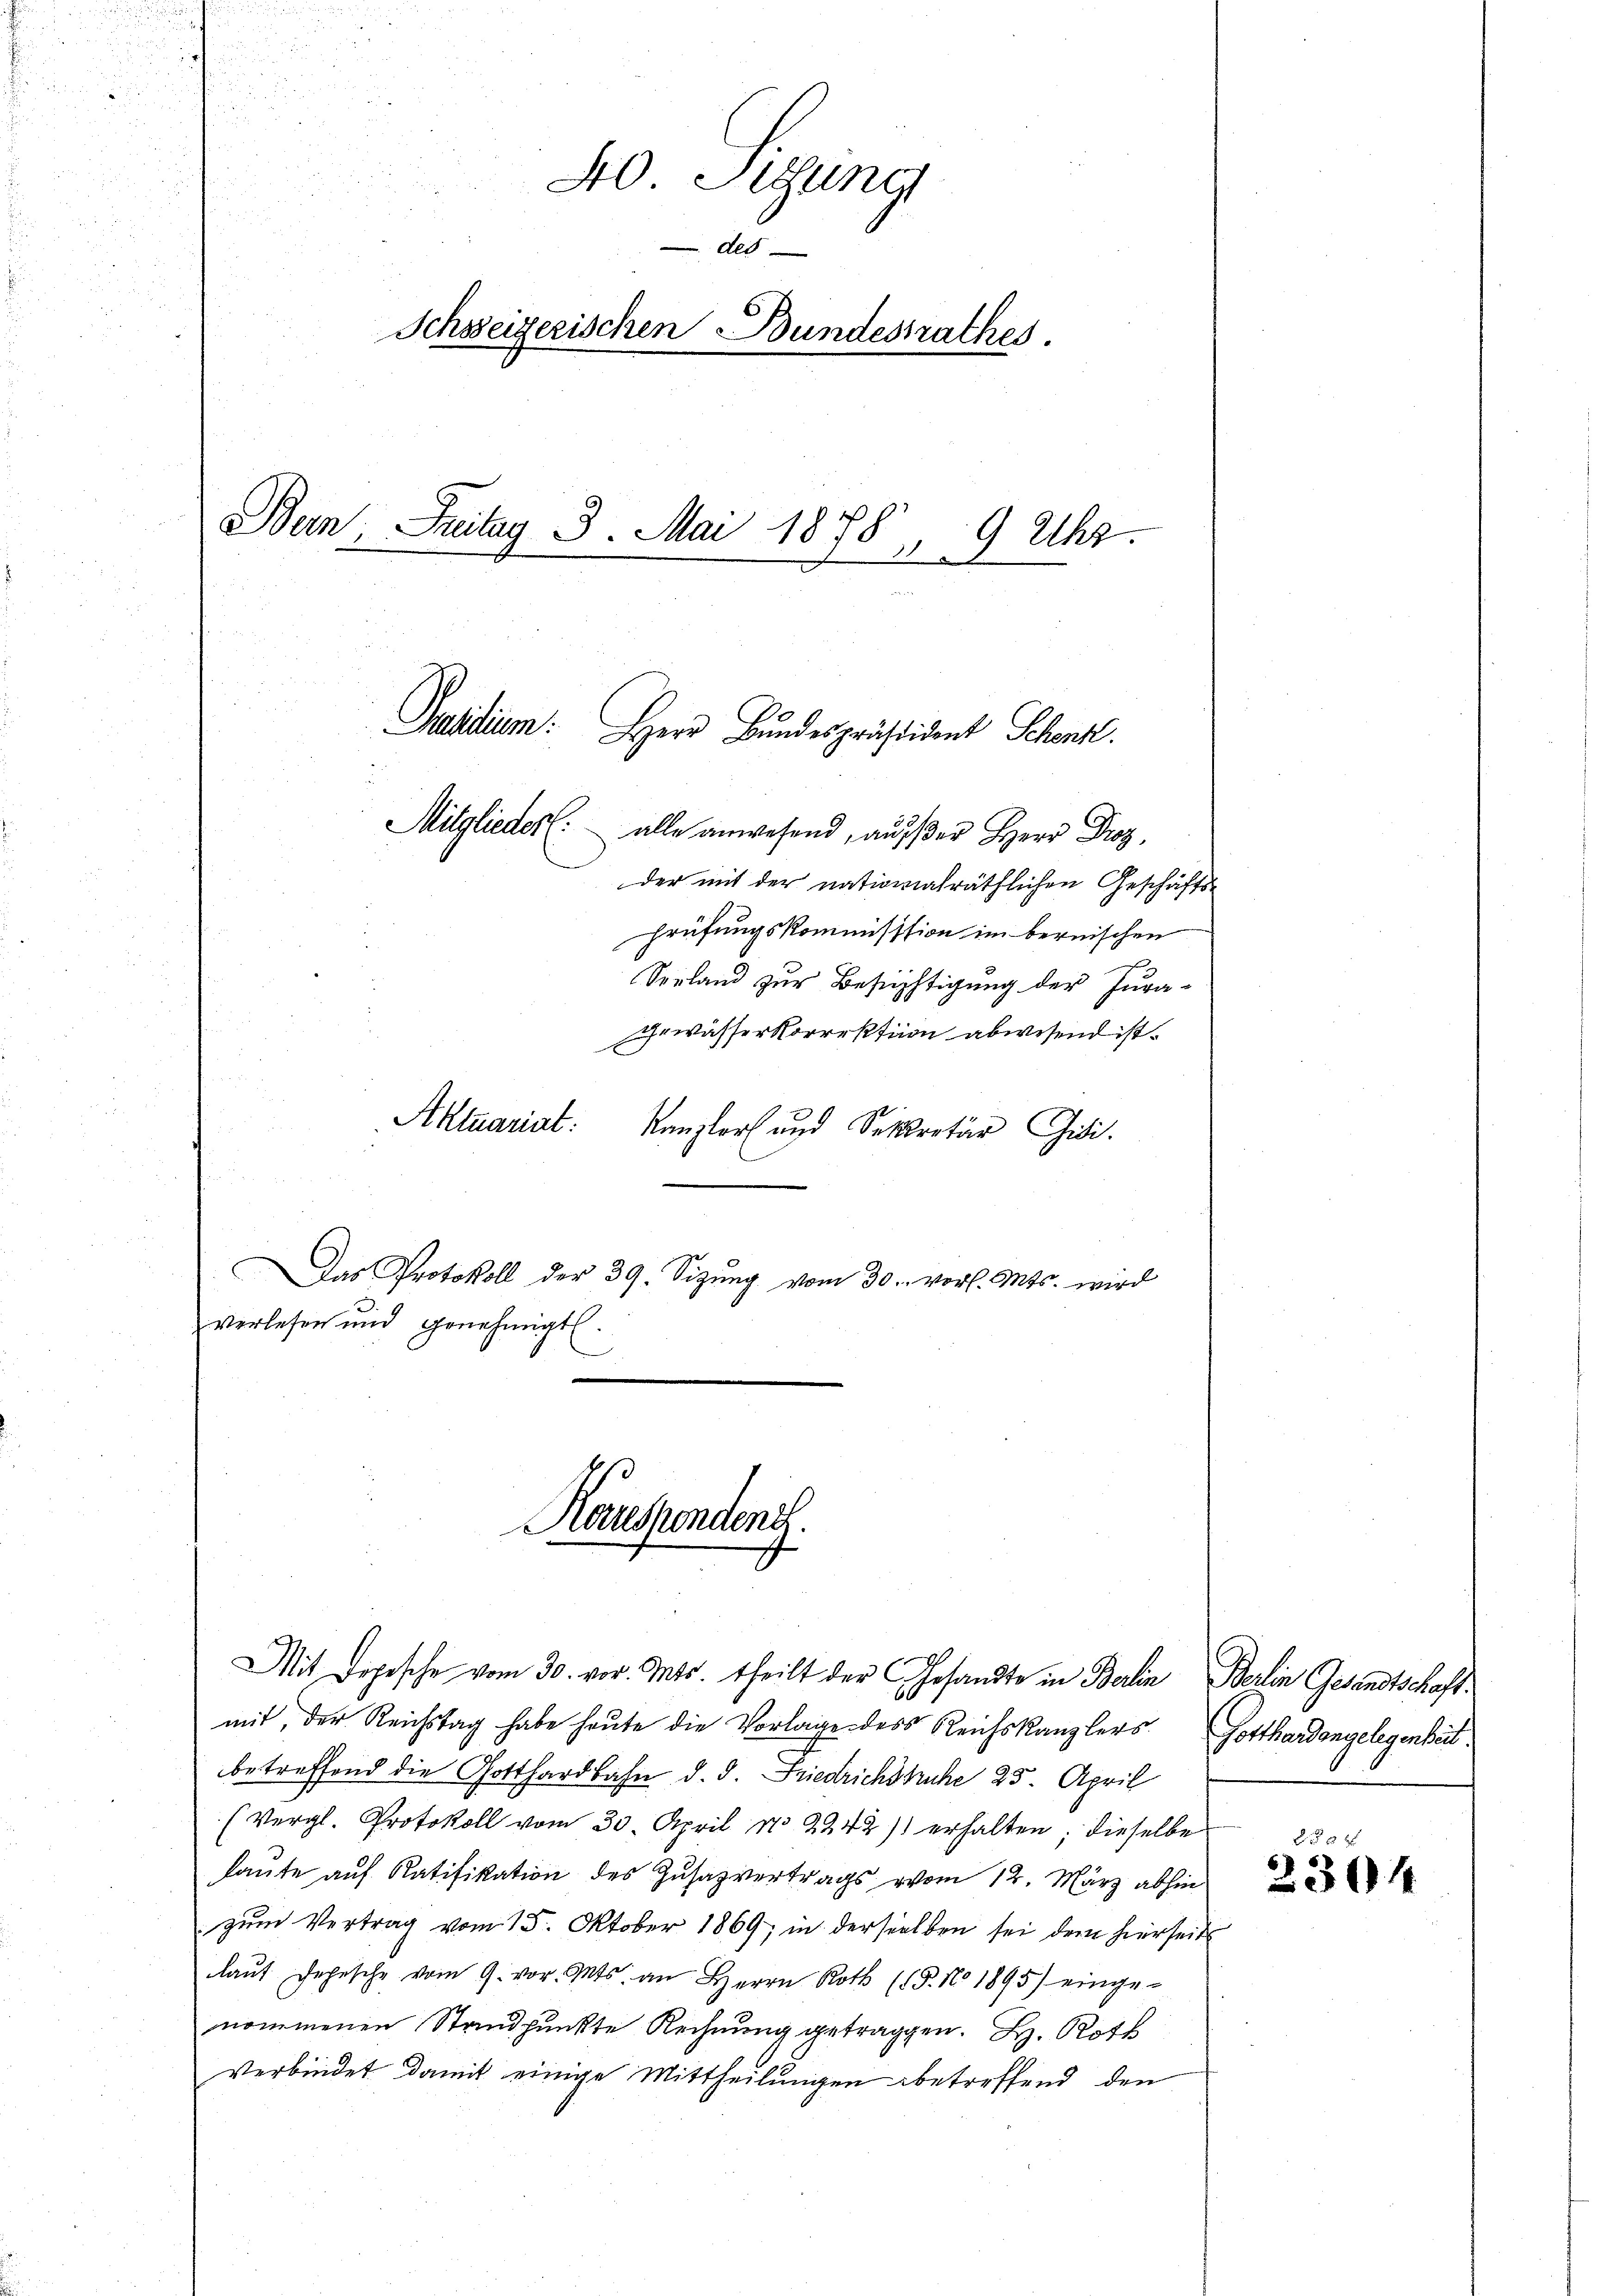
n
40 Sigung
Als
Schweizerischen Bundesrathes.
Ban Freitag 3. Mai 1888
15 " 9 Uhr.
.

Aktuariat:

verlesen und genehmigt.
m

Paesidium. Herr Bundespräsident Schenk.

Karespondenz.

Mitglieder: alle anwesend, ausser Herr Droz,
der mit der nationalräthlichen Geschäfts-
prüfungskommisssion im bernischen
Soeland zur Besichtigung der Jura-
Gewässer Korrektion abwesend ist.
Kanzler und Sekretär Gidi.
Das Protokoll der 39. Sizŭng vom 30. vorl. Mts. wird
e

Mit Depesche vom 30. vor. Mts. theilt der Gesandte in Berlin Berlin Gesandtschaftmit, der Reichstag habe heute die Vorlage des Reichskanzlers Gotthardangelegenheit
betreffend die Gotthardbahn d. d. Friedrichstuhe 25. April
(Vergl. Protokoll vom 30. April No 2242) erhalten; dieselbe
laute auf Ratifikation des Zusazvertrags vom 12. März abhin
zum Vertrag vom 15. Oktober 1869; in derselben sei dem hierseits
laŭf Jehsche vom 9. vor. Mts. an Herrn Roth (15. No 1895) einge-
nommenen Standpunkte Rechnung getragen. B. Roth
Verbindet damit einige Mittheilungen betreffend den

2 f 0 x
2304